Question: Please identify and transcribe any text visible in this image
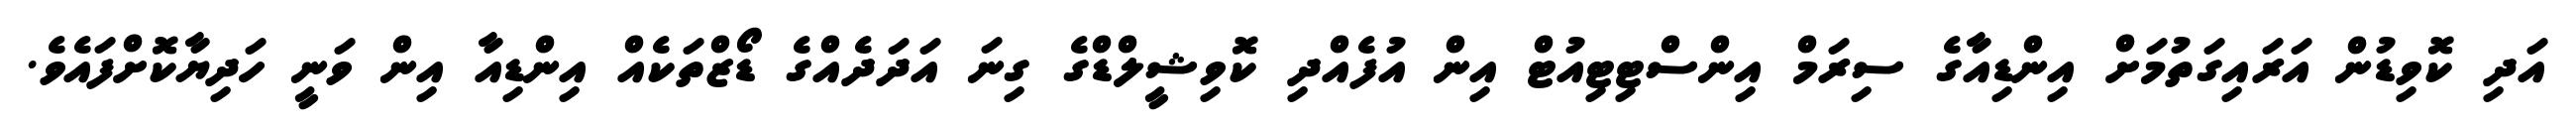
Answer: އަދި ކޮވިޑުން އަރައިގަތުމަށް އިންޑިއާގެ ސިރަމް އިންސްޓިޓިއުޓް އިން އުފެއްދި ކޮވިޝީލްޑްގެ ގިނަ އަދަދެއްގެ ޑޯޒްތަކެއް އިންޑިއާ އިން ވަނީ ހަދިޔާކޮށްފައެވެ.